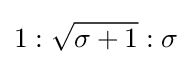
1:{\sqrt {\sigma +1}}:\sigma